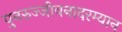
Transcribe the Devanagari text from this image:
पुनरुज्जीवनादरम्यान